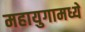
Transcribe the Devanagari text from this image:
महायुगामध्ये